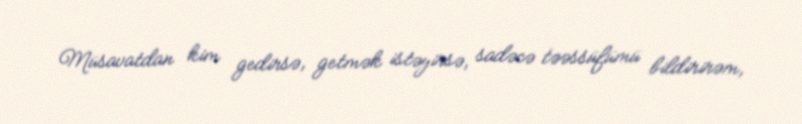
Müsavatdan kim gedirsə, getmək istəyirsə, sadəcə təəssüfümü bildirirəm,